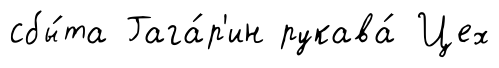
сбы́та Гага́р'ин рукава́ Цех